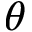
\theta